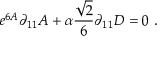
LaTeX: e ^ { 6 A } \partial _ { 1 1 } A + \alpha { \frac { \sqrt { 2 } } { 6 } } \partial _ { 1 1 } D = 0 \ .